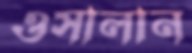
ওসালান